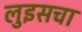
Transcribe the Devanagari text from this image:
लुइसचा